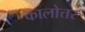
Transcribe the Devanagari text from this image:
कालोत्तर